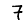
Digit: 7